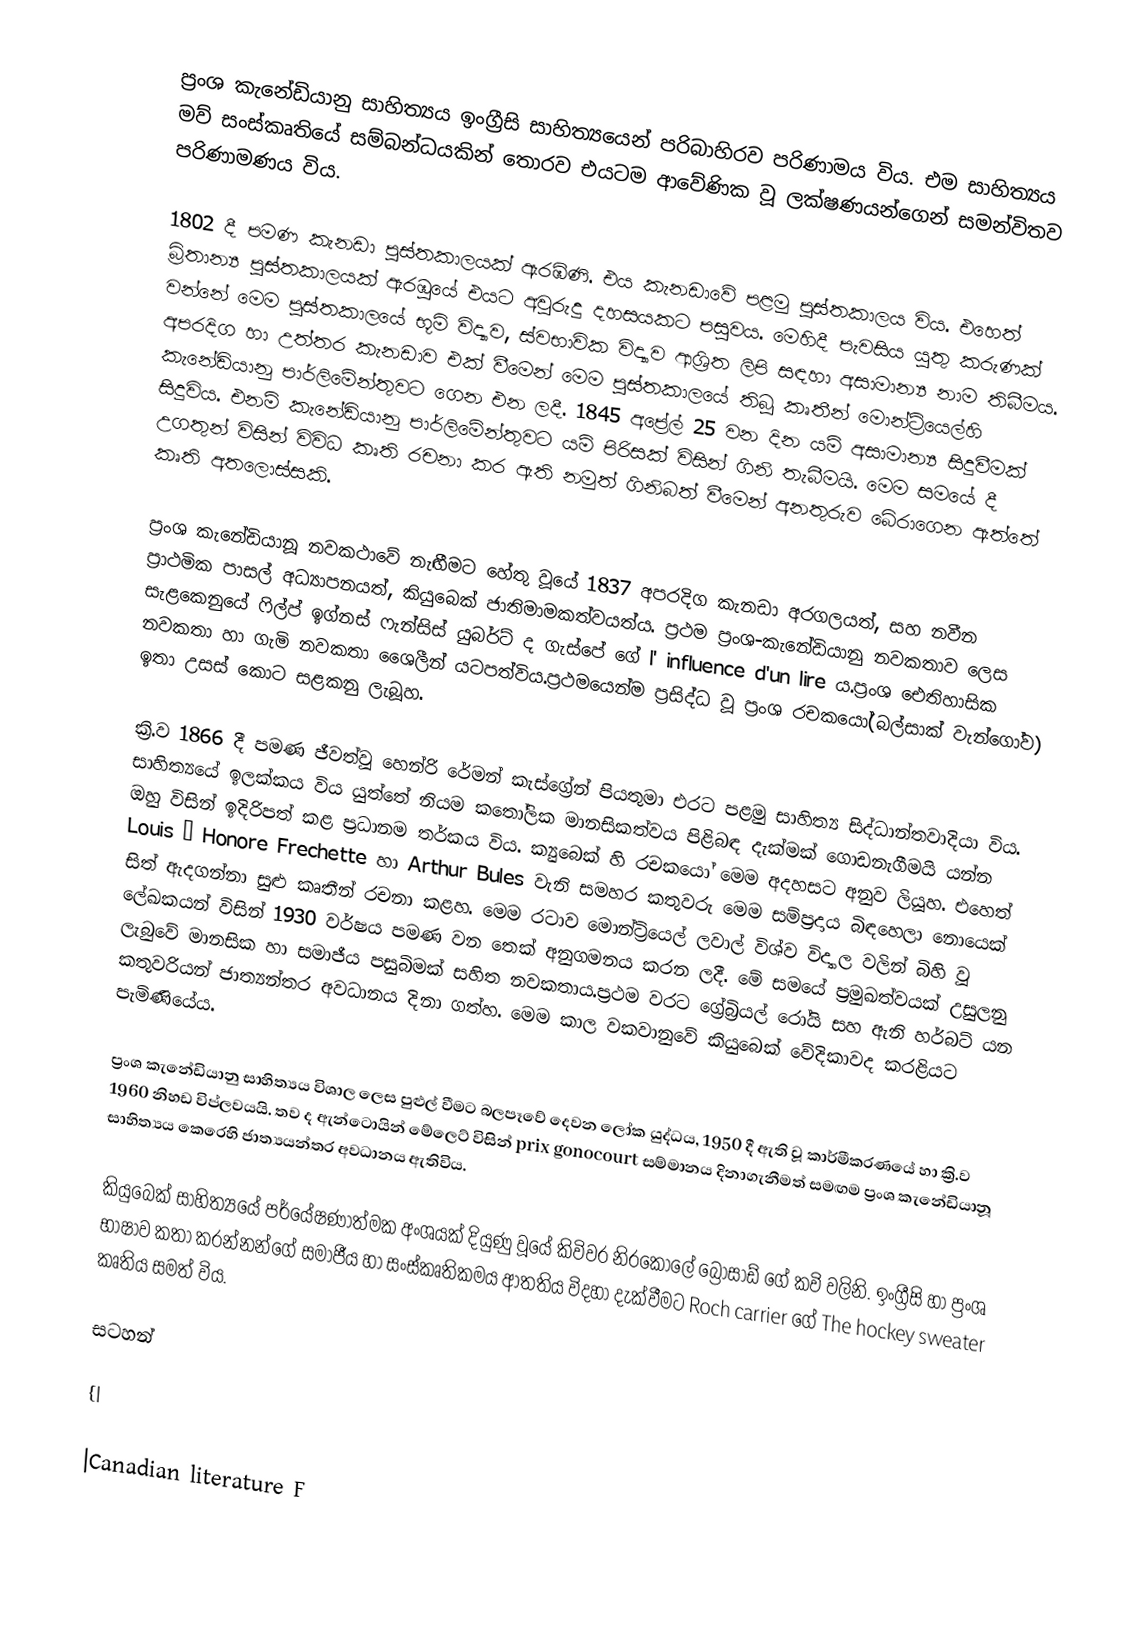
ප්‍රංශ කැනේඩියානු සාහිත්‍යය ඉංග්‍රීසි සාහිත්‍යයෙන් පරිබාහිරව පරිණාමය විය. එම සාහිත්‍යය මව් සංස්කෘතියේ සම්බන්ධයකින් තොරව එයටම ආවේණික වූ ලක්ෂණයන්ගෙන් සමන්විතව පරිණාමණය විය.

1802 දී පමණ කැනඩා පුස්තකාලයක් ඇරඹිණි. එය කැනඩාවේ පළමු පුස්තකාලය විය. එහෙත් බ්‍රිතාන්‍ය පුස්තකාලයක් ඇරඹූයේ එයට අවුරුදු දහසයකට පසුවය. මෙහිදී පැවසිය යුතු කරුණක් වන්නේ මෙම පුස්තකාලයේ භූමි විද්‍යාව, ස්වභාවික විද්‍යාව ආශ්‍රිත ලිපි සඳහා අසාමාන්‍ය නාම තිබීමය. අපරදිග හා උත්තර කැනඩාව එක් වීමෙන් මෙම පුස්තකාලයේ තිබූ කෘතීන් මොන්ට්‍රියෙල්හි කැනේඩියානු පාර්ලිමේන්තුවට ගෙන එන ලදී. 1845 අප්‍රේල් 25 වන දින යම් අසාමාන්‍ය සිදුවීමක් සිදුවිය. එනම් කැනේඩියානු පාර්ලිමේන්තුවට යම් පිරිසක් විසින් ගිනි තැබීමයි. මෙම සමයේ දී උගතුන් විසින් විවිධ කෘති රචනා කර ඇති නමුත් ගිනිබත් වීමෙන් අනතුරුව බේරාගෙන ඇත්තේ  කෘති අතලොස්සකි.

ප්‍රංශ කැනේඩියානූ නවකථාවේ නැඟීමට හේතු වූයේ 1837 අපරදිග කැනඩා අරගලයත්, සහ නවීන ප්‍රාථමික පාසල් අධ්‍යාපනයත්, කියුබෙක් ජාතිමාමකත්වයත්ය. ප්‍රථම ප්‍රංශ-කැනේඩියානු නවකතාව ලෙස සැළකෙනුයේ ෆිල්ප් ඉග්නස් ෆැන්සිස් යුබර්ට් ද ගැස්පේ ගේ l' influence d'un lire ය.ප්‍රංශ ඓතිහාසික නවකතා හා ගැමි නවකතා ශෛලීන් යටපත්විය.ප්‍රථමයෙන්ම ප්‍රසිද්ධ වූ ප්‍රංශ රචකයෝ(බල්සාක් වැන්ගෝව) ඉතා උසස් කොට සළකනු ලැබූහ.

ක්‍රි.ව 1866 දී පමණ ජීවත්වූ හෙන්රි රේමන් කැස්ග්‍රේන් පියතුමා එරට පළමු සාහිත්‍ය සිද්ධාන්තවාදියා විය. සාහිත්‍යයේ ඉලක්කය විය යුත්තේ නියම කතෝලික මානසිකත්වය පිළිබඳ දැක්මක් ගොඩනැගීමයි යන්න ඔහු විසින් ඉදිරිපත් කළ ප්‍රධානම තර්කය විය. ක්‍යුබෙක් හි රචකයෝ මෙම අදහසට අනුව ලියූහ. එහෙත් Louis – Honore Frechette හා Arthur Bules වැනි සමහර කතුවරු මෙම සම්ප්‍රදාය බිඳහෙලා නොයෙක් සිත් ඇදගන්නා සුළු කෘතීන් රචනා කළහ. මෙම රටාව මොන්ට්‍රියෙල් ලවාල් විශ්ව විද්‍යාල වලින් බිහි වූ ලේඛකයන් විසින් 1930 වර්ෂය පමණ වන තෙක් අනුගමනය කරන ලදී. මේ සම‍යේ ප්‍රමුඛත්වයක් උසුලනු ලැබුවේ මානසික හා සමාජීය පසුබිමක් සහිත නවකතාය.ප්‍රථම වරට ග්‍රේබ්‍රියල් රෝයි සහ ඇනි හර්බට් යන කතුවරියන් ජාත්‍යන්තර අවධානය දිනා ගත්හ. මෙම කාල වකවානුවේ කියුබෙක් වේදිකාවද කරළියට පැමිණියේය.

ප්‍රංශ කැනේඩියානු සාහිත්‍යය විශාල ලෙස පුළුල් වීමට බලපෑවේ දෙවන ලෝක යුද්ධය, 1950 දී ඇති වූ කාර්මීකරණයේ හා ක්‍රි.ව 1960 නිහඩ විප්ලවයයි. තව ද ඇන්ටොයින් මේලෙට් විසින් prix gonocourt සම්මානය දිනාගැනීමත් සමඟම ප්‍රංශ කැනේඩියානූ සාහිත්‍යය කෙරෙහි ජාත්‍යයන්තර අවධානය ඇතිවිය.

කියුබෙක් සාහිත්‍යයේ පර්යේෂණාත්මක අංශයක් දියුණු වූයේ කිවිවර නිරකොලේ බ්‍රොසාඩ් ගේ කවි වලිනි. ඉංග්‍රීසි හා ප්‍රංශ භාෂාව කතා කරන්නන්ගේ සමාජීය හා සංස්කෘතිකමය ආතතිය විදහා දැක්වීමට Roch carrier ගේ The hockey sweater කෘතිය සමත් විය.

සටහන්

{|

|Canadian literature F